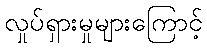
လှုပ်ရှားမှုများကြောင့်